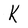
Character: k